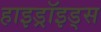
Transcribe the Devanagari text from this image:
हाइड्रॉइड्स